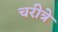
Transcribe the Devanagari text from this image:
चरीत्रे